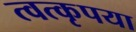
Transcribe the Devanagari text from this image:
त्वत्कृपया